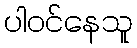
ပါဝင်နေသူ